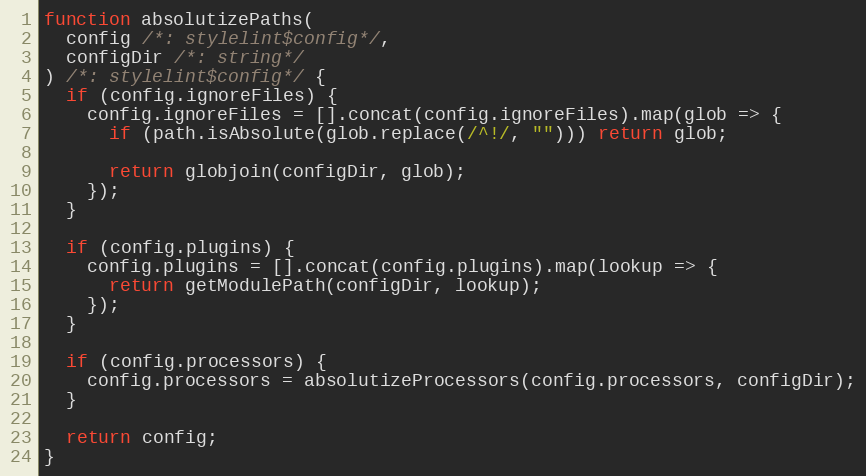
Language: JavaScript
function absolutizePaths(
  config /*: stylelint$config*/,
  configDir /*: string*/
) /*: stylelint$config*/ {
  if (config.ignoreFiles) {
    config.ignoreFiles = [].concat(config.ignoreFiles).map(glob => {
      if (path.isAbsolute(glob.replace(/^!/, ""))) return glob;

      return globjoin(configDir, glob);
    });
  }

  if (config.plugins) {
    config.plugins = [].concat(config.plugins).map(lookup => {
      return getModulePath(configDir, lookup);
    });
  }

  if (config.processors) {
    config.processors = absolutizeProcessors(config.processors, configDir);
  }

  return config;
}